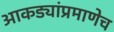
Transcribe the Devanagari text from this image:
आकड्यांप्रमाणेच